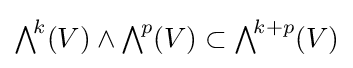
{\textstyle \bigwedge }^{\!k}(V)\wedge {\textstyle \bigwedge }^{\!p}(V)\subset {\textstyle \bigwedge }^{\!k+p}(V)